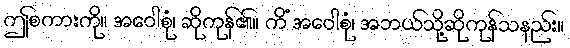
ဤစကားကို။ အဝေါစုံ၊ ဆိုကုန်၏။ ကိံ အဝေါစုံ၊ အဘယ်သို့ဆိုကုန်သနည်း။